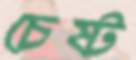
চেষ্ট